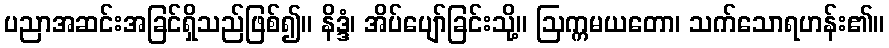
ပညာအဆင်းအခြင်ရှိသည်ဖြစ်၍။ နိဒ္ဒံ၊ အိပ်ပျော်ခြင်းသို့။ ဩက္ကမယတော၊ သက်သောရဟန်း၏။